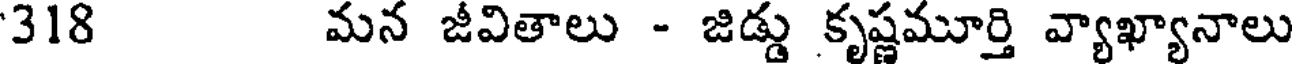
318 మన జీవితాలు - జిడ్డు కృష్ణమూర్తి వ్యాఖ్యానాలు